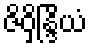
ဇိဝှိန္ဒြိယံ